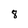
Character: 8